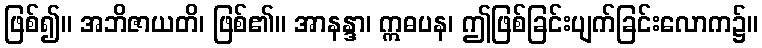
ဖြစ်၍။ အဘိဇာယတိ၊ ဖြစ်၏။ အာနန္ဒာ၊ ဣဓပန၊ ဤဖြစ်ခြင်းပျက်ခြင်းလောက၌။